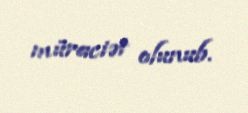
müraciət olunub.